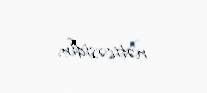
nəticəsidir.